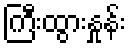
ကြီးထွားနှုန်း